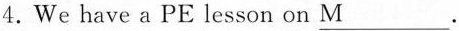
4.We have a PE lesson on \underline{M}.